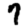
Digit: 7